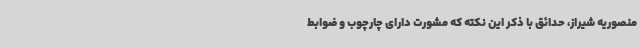
منصوریه شیراز، حدائق با ذکر این نکته که مشورت دارای چارچوب و ضوابط